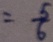
= \frac { 5 } { 6 }